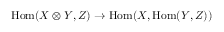
{ \mathrm { H o m } } ( X \otimes Y , Z ) \to { \mathrm { H o m } } ( X , { \mathrm { H o m } } ( Y , Z ) )